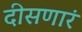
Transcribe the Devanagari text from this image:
दीसणारं